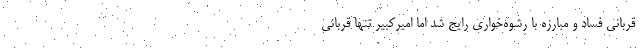
قربانی فساد و مبارزه با رشوه‌خواری رایج شد اما امیرکبیر تنها قربانی